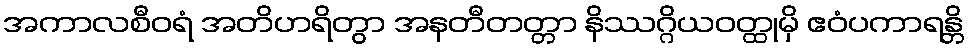
အကာလစီဝရံ အတိဟရိတွာ အနတီတတ္တာ နိဿဂ္ဂိယဝတ္ထုမှိ ဧဝံပကာရန္တိ